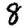
Digit: 8